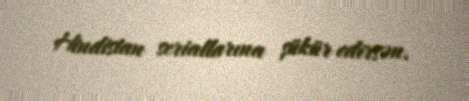
Hindistan seriallarına şükür edirsən.